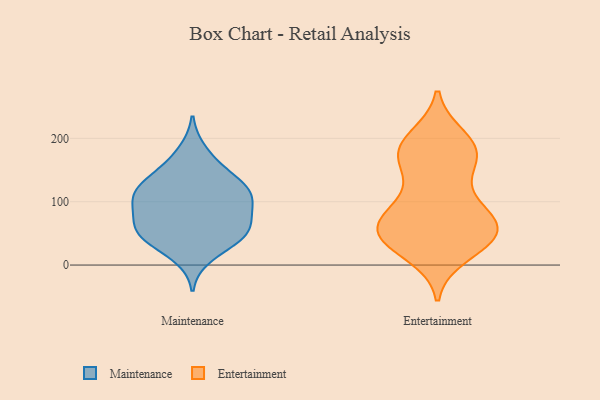
{"axis": {"x": "Net Income (USD K)", "y": "Value"}, "legend": ["Entertainment", "Maintenance"], "data": [{"x": "", "y": 42, "type": "Maintenance"}, {"x": "", "y": 48, "type": "Maintenance"}, {"x": "", "y": 108, "type": "Maintenance"}, {"x": "", "y": 44, "type": "Maintenance"}, {"x": "", "y": 77, "type": "Maintenance"}, {"x": "", "y": 13, "type": "Maintenance"}, {"x": "", "y": 149, "type": "Maintenance"}, {"x": "", "y": 79, "type": "Maintenance"}, {"x": "", "y": 106, "type": "Maintenance"}, {"x": "", "y": 181, "type": "Maintenance"}, {"x": "", "y": 116, "type": "Maintenance"}, {"x": "", "y": 148, "type": "Maintenance"}, {"x": "", "y": 106, "type": "Maintenance"}, {"x": "", "y": 55, "type": "Maintenance"}, {"x": "", "y": 45, "type": "Maintenance"}, {"x": "", "y": 126, "type": "Maintenance"}, {"x": "", "y": 117, "type": "Maintenance"}, {"x": "", "y": 73, "type": "Maintenance"}, {"x": "", "y": 53, "type": "Entertainment"}, {"x": "", "y": 189, "type": "Entertainment"}, {"x": "", "y": 200, "type": "Entertainment"}, {"x": "", "y": 187, "type": "Entertainment"}, {"x": "", "y": 18, "type": "Entertainment"}, {"x": "", "y": 98, "type": "Entertainment"}, {"x": "", "y": 41, "type": "Entertainment"}, {"x": "", "y": 173, "type": "Entertainment"}, {"x": "", "y": 55, "type": "Entertainment"}, {"x": "", "y": 176, "type": "Entertainment"}, {"x": "", "y": 55, "type": "Entertainment"}, {"x": "", "y": 78, "type": "Entertainment"}, {"x": "", "y": 48, "type": "Entertainment"}, {"x": "", "y": 48, "type": "Entertainment"}, {"x": "", "y": 95, "type": "Entertainment"}, {"x": "", "y": 72, "type": "Entertainment"}, {"x": "", "y": 168, "type": "Entertainment"}, {"x": "", "y": 34, "type": "Entertainment"}, {"x": "", "y": 148, "type": "Entertainment"}]}